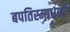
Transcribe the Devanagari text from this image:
बपतिस्माधारी